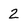
Character: 2